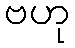
ဗဟု